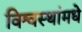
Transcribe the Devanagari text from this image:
विश्वस्थांमधे